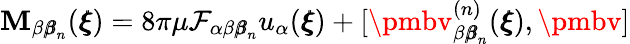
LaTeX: \mathbf{M}_{\beta{\pmb\beta}_{n}}({\pmb\xi})=8\pi\mu\mathcal{{F}}_{\alpha\beta{\pmb\beta}_{n}}u_{\alpha}({\pmb\xi})+[{\pmbv}_{\beta{\pmb\beta}_{n}}^{(n)}({\pmb\xi}),{\pmbv}]